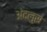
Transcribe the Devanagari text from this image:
अंदलुस